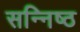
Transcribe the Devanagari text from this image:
सन्निष्ठ